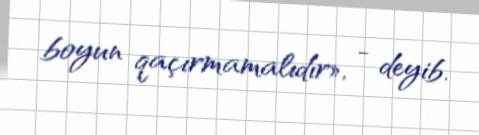
boyun qaçırmamalıdır», - deyib.